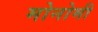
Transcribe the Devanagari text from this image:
मोनोमी